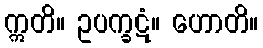
ဣတိ။ ဥပက္ခဋံ။ ဟောတိ။